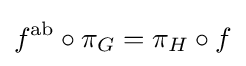
f^{\text{ab}}\circ \pi _{G}=\pi _{H}\circ f